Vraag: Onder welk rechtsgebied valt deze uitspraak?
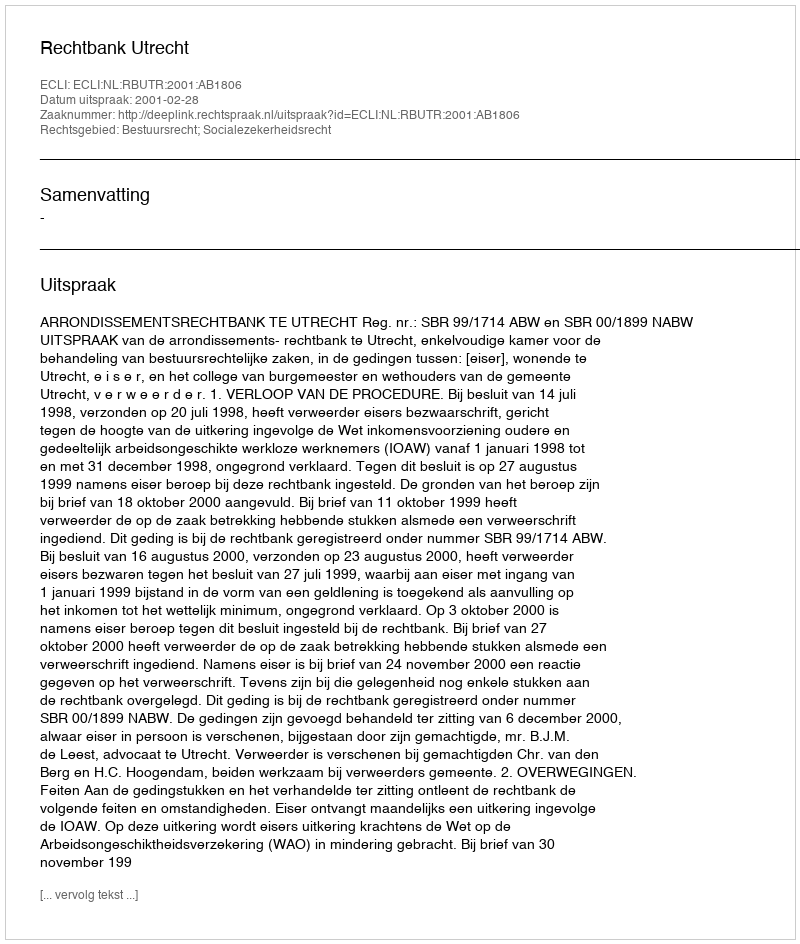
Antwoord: Bestuursrecht; Socialezekerheidsrecht